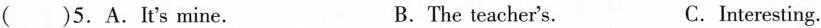
( )5.A.It's mine. B.The teacher's. C.Interesting.